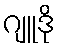
ဂျူဒို